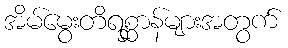
အိမ်မွေးတိရစ္ဆာန်များအတွက်